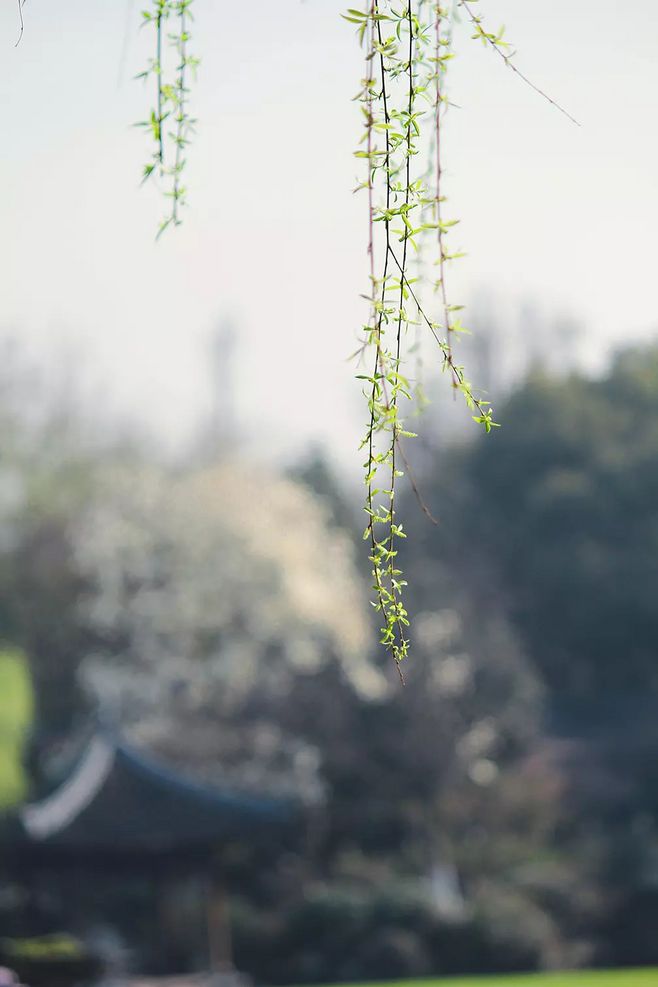
濛柳添丝密，含吹织空罗。